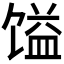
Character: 𲋫